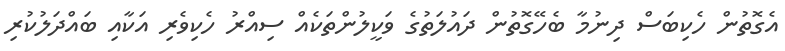
އެގޮތުން ހެކިބަސް ދިނުމާ ބެހޭގޮތުން ދައުލަތުގެ ވަކީލުންތަކެއް ސިއްރު ހެކިވެރި އަކާއި ބައްދަލުކުރި